Lunatic asylums Central Provinces reports 1895-1909 - 1895-1909
Year: 1895
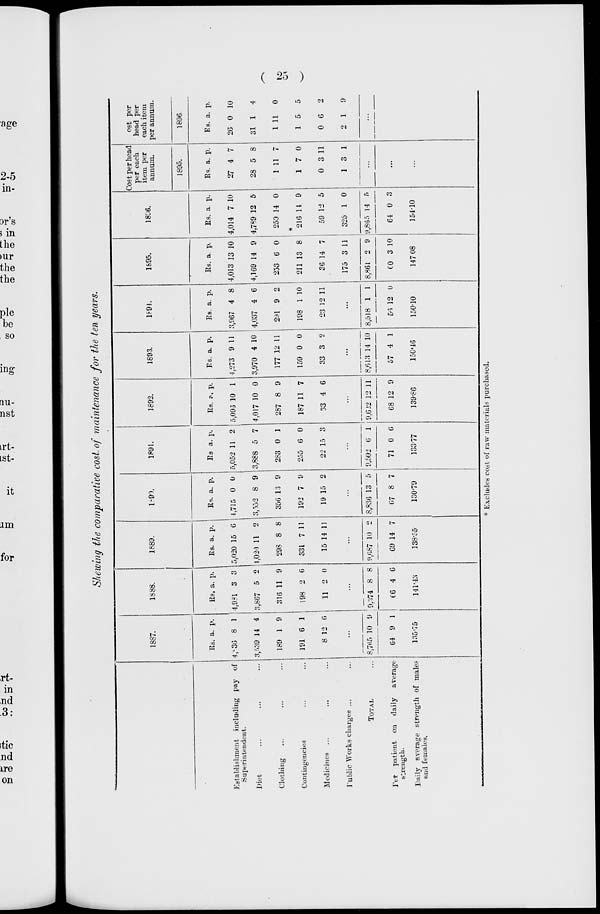
( 25 )
Shewing the comparative cost of maintenance for the ten years.
Establishment including pay of
Superintendent.
Diet... ... ...
Clothing... ... ...
Contingencies... ... ...
Medicines ... ... ...
Public Works charges ... ...
TOTAL ...
Per patient on daily average
strength.
Daily average strength of males
and females.
1887.
Rs.
4,836
3,539
189
191
8
a.
8
14
1
6
12
p.
1
4
9
1
6
...
8,765
64
10
9
9
1
135.75
1888.
Rs.
4,981
3,867
316
198
11
a.
3
5
11
2
2
p.
3
2
9
6
0
9,374
66
8
4
8
6
141.43
1889.
Rs.
5,020
1,020
298
331
15
a.
15
11
8
7
14
p.
6
2
8
11
11
...
9,687
69
10
14
2
7
138.55
1890.
Rs.
4,715
3,552
356
192
19
a.
0
8
13
7
15
p.
0
9
9
9
2
...
8,836
67
13
8
5
7
130.79
1891.
Rs
5,052
3,888
283
255
22
a.
11
5
0
6
15
p.
2
7
1
0
3
...
9,502
71
6
0
1
6
133.77
1892.
Rs.
5,096
4,017
287
187
33
a.
10
10
8
11
4
p.
1
0
9
7
6
...
9,622
68
12
12
11
9
139.86
1893.
Rs.
4,273
3,970
177
159
33
a.
9
4
12
0
3
p.
11
10
11
0
2
...
8,613
57
14
4
10
1
150.46
1894.
Rs.
3,967
4,037
291
198
23
a.
4
4
9
1
12
p.
8
6
2
10
11
...
8,518
56
1
12
1
0
150.10
1895.
Rs.
4,013
4,169
253
211
36
175
8,861
60
a.
13
14
6
13
14
3
2
3
p.
10
9
0
8
7
11
9
10
147.08
1896.
Rs.
4,014
4,789
259
*
216
59
325
9,865
64
a.
7
12
14
14
12
1
14
0
p.
10
5
0
9
5
0
5
3
154.10
Cost per head
per each
item per
annum.
1895.
Rs.
27
28
1
1
0
1
a.
4
5
11
7
3
3
p.
7
8
7
0
11
1
...
...
...
Cost per
head per
each item
per annum.
1896
Rs.
26
31
1
1
0
2
a.
0
1
11
5
6
1
p.
10
4
0
5
2
9
...
* Excludes cost of raw materials purchased.